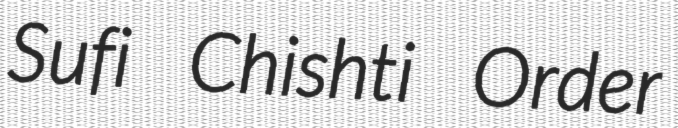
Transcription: Sufi Chishti Order